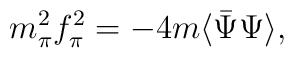
m^2_\pi f_\pi^2 = - 4 m \langle \bar \Psi \Psi \rangle,